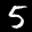
Label: 5